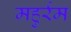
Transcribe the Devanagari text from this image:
महुर्रम